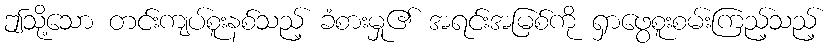
ဤသို့သော တင်းကျပ်စူးနစ်သည့် ခံစားမှု၏ အရင်းအမြစ်ကို ရှာဖွေစူးစမ်းကြည့်သည့်